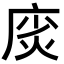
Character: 𫷲